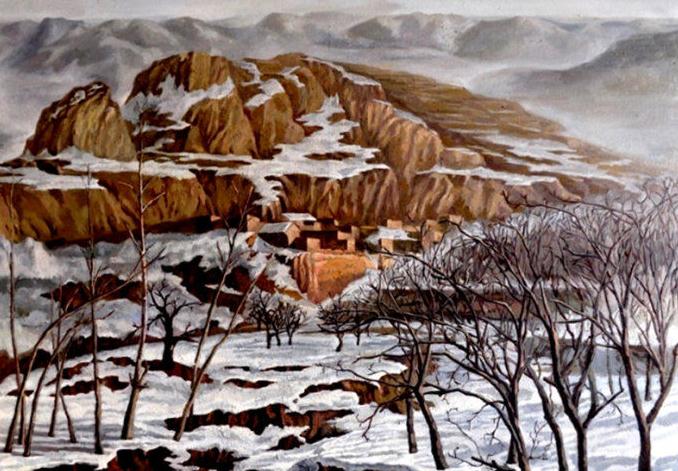
放眼暮江千顷，中有离愁万斛，无处落征鸿。